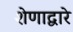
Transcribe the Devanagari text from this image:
शेणाद्वारे